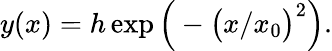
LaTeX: y(x)=h\exp{\Big(-\big(x/x_{0}\big)^{2}\Big)}.